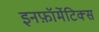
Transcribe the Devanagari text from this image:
इनफ़ॉर्मेटिक्स